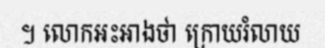
។ លោកអះអាងថា ក្រោយរំលាយ